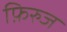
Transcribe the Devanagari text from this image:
फ़िरुज